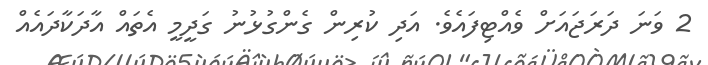
2 ވަނަ ދަރަޖައަށް ވެއްޓިފައެވެ. އަދި ކުރިން ގެންގުޅުނު ގަދީމީ އެތައް އާދަކާދައެއް